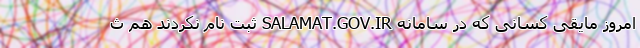
امروز مایقی کسانی که در سامانه SALAMAT.GOV.IR ثبت نام نکردند هم ث